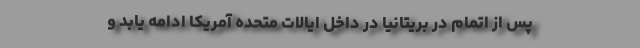
پس از اتمام در بریتانیا در داخل ایالات متحده آمریکا ادامه یابد و